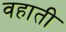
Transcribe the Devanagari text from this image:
वहाती